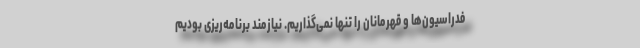
فدراسیون‌ها و قهرمانان را تنها نمی‌گذاریم. نیازمند برنامه‌ریزی بودیم